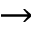
\rightarrow